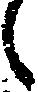
候